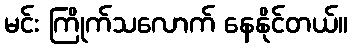
မင်း ကြိုက်သလောက် နေနိုင်တယ်။